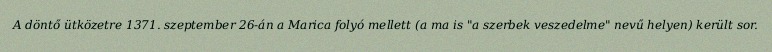
A döntő ütközetre 1371. szeptember 26-án a Marica folyó mellett (a ma is "a szerbek veszedelme" nevű helyen) került sor.